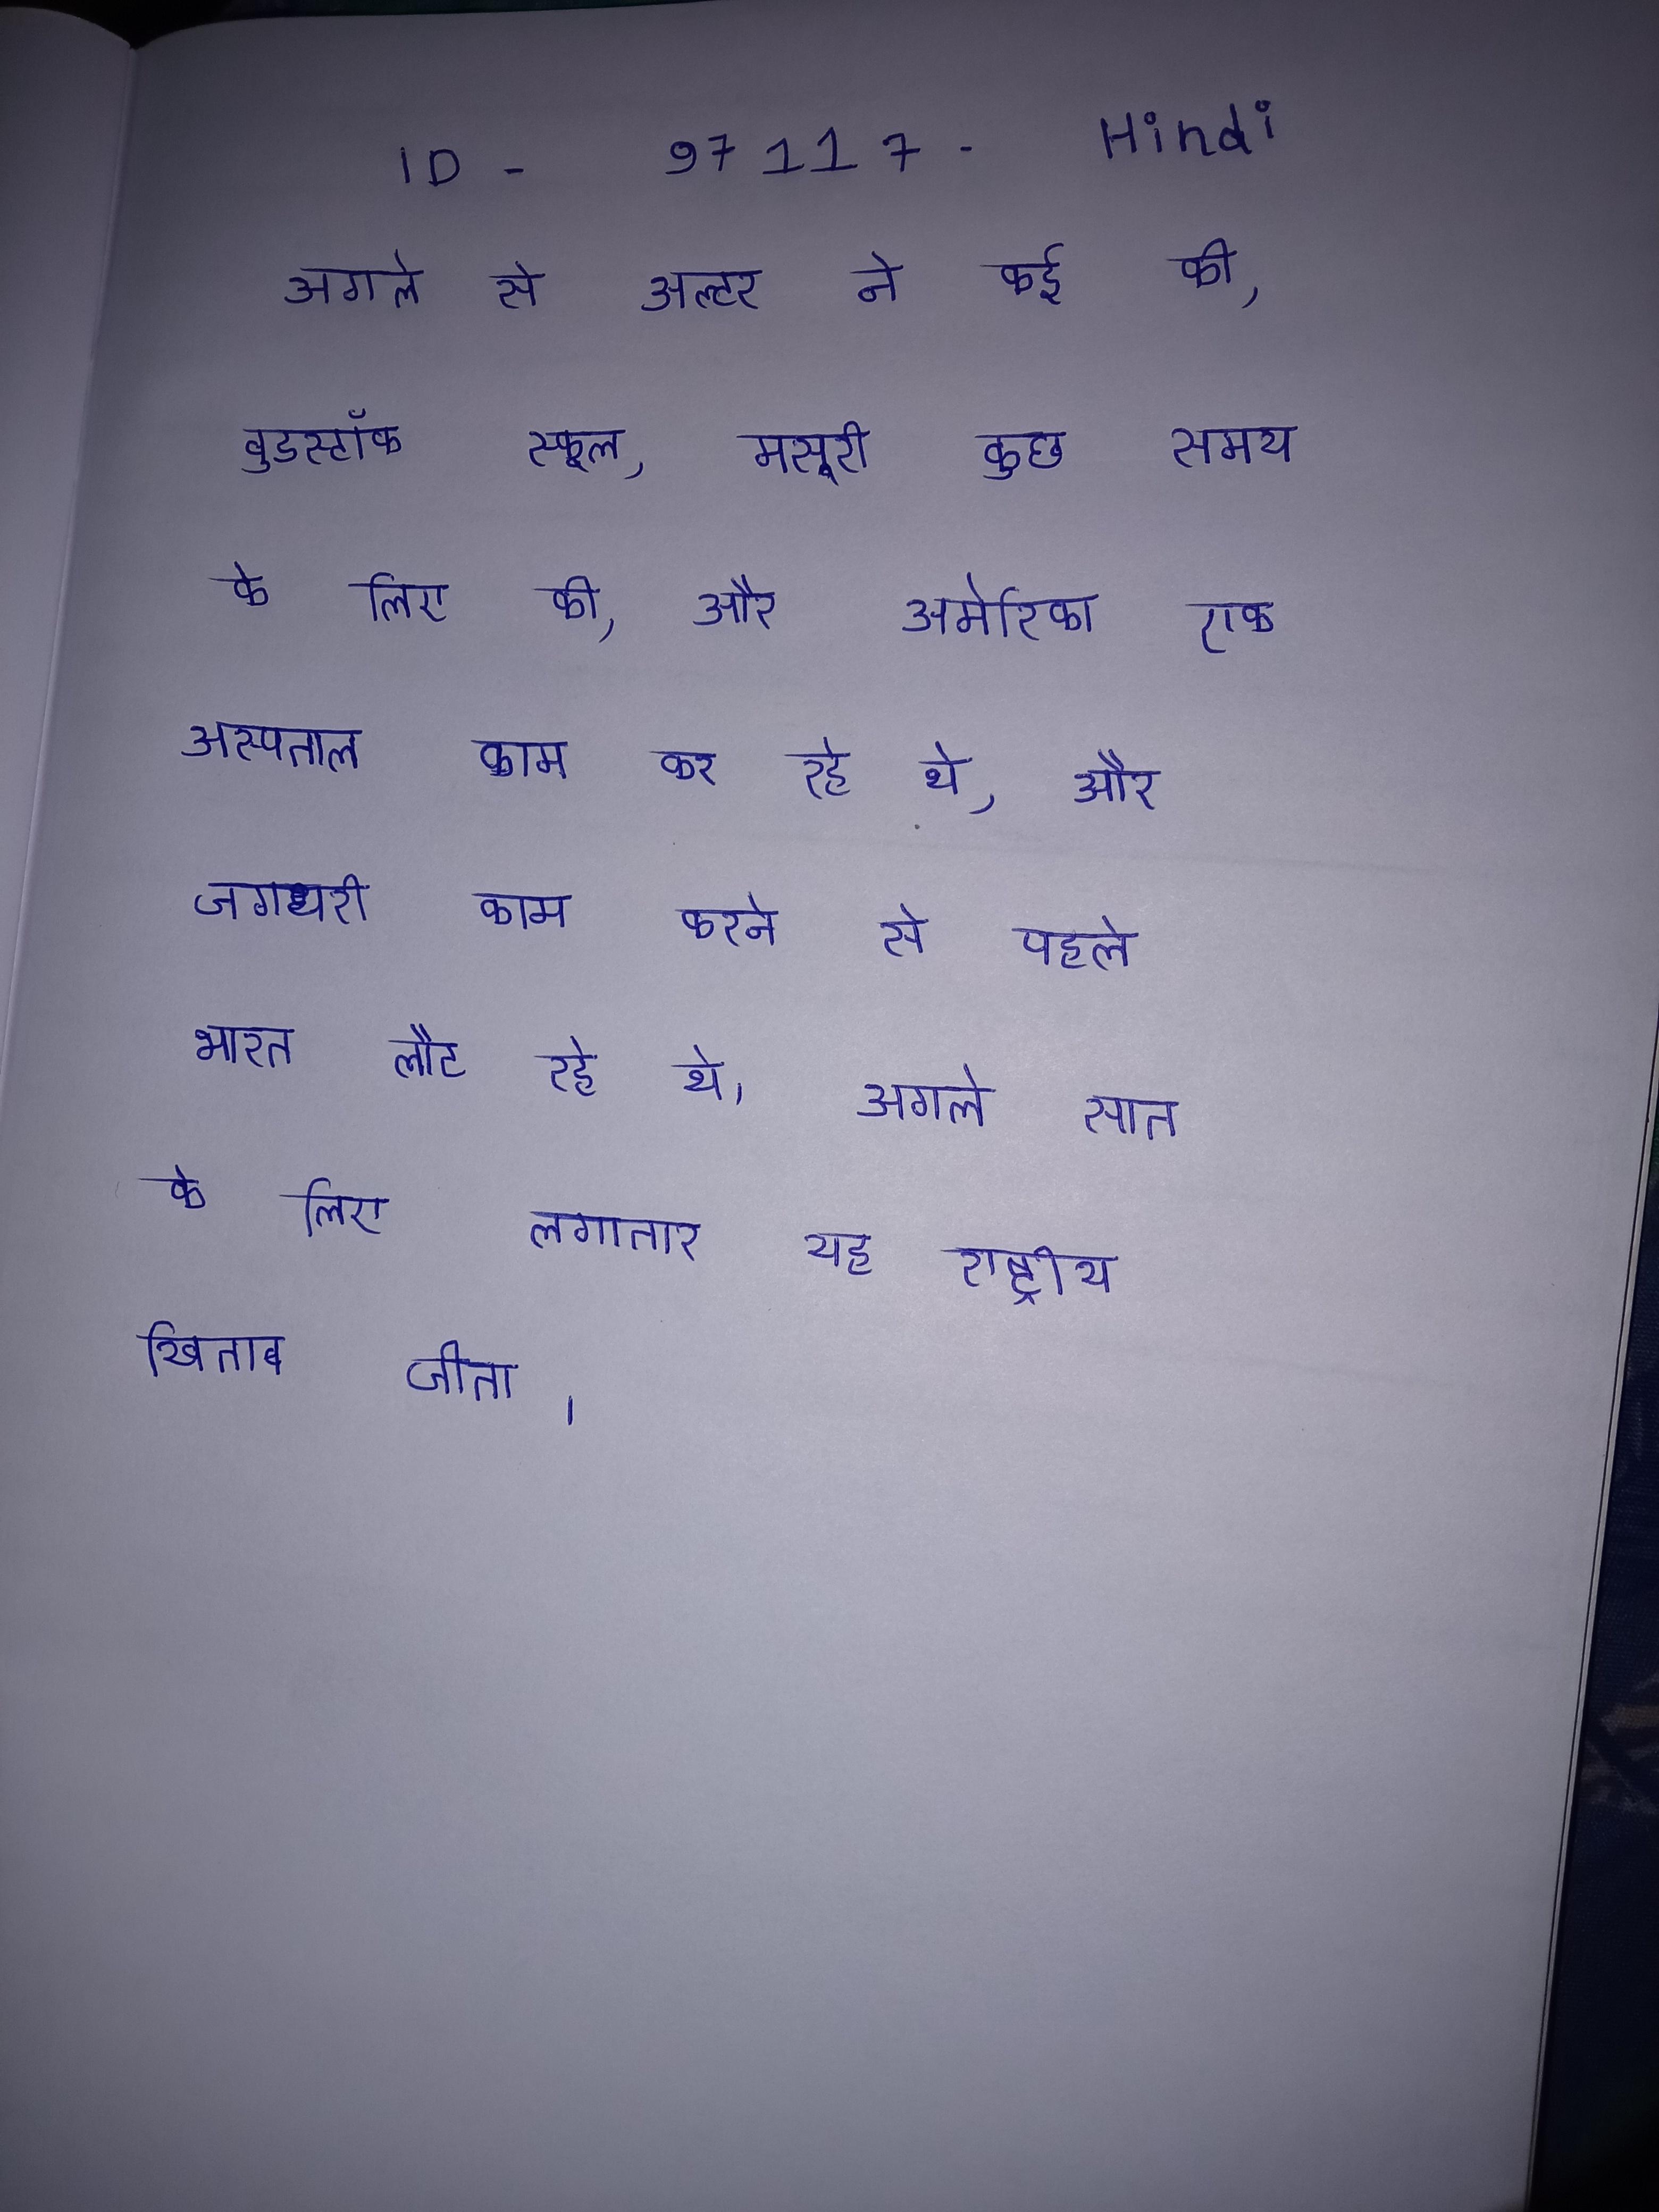
अगले से अल्टर ने कई की, वुडस्टॉक स्कूल, मसूरी कुछ समय के लिए की, और अमेरिका एक अस्पताल काम कर रहे थे, और जगधरी काम करने से पहले भारत लौट रहे थे । अगले सात के लिए लगातार यह राष्ट्रीय खिताब जीता ।